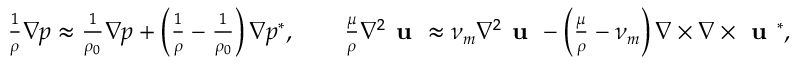
\small \begin{array} { r l } & { \frac { 1 } { \rho } \nabla p \approx \frac { 1 } { \rho _ { 0 } } \nabla p + \left( \frac { 1 } { \rho } - \frac { 1 } { \rho _ { 0 } } \right) \nabla p ^ { * } , \qquad \frac { \mu } { \rho } \nabla ^ { 2 } \textbf { u } \approx \nu _ { m } \nabla ^ { 2 } \textbf { u } - \left( \frac { \mu } { \rho } - \nu _ { m } \right) \nabla \times \nabla \times \textbf { u } ^ { * } , } \end{array}